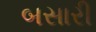
બસારી